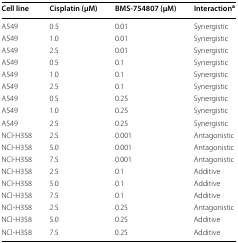
<table><thead><tr><td><b>Cell line</b></td><td><b>Cisplatin (μM)</b></td><td><b>BMS-754807 (μM)</b></td><td><b>Interaction<sup>a</sup></b></td></tr></thead><tbody><tr><td>A549</td><td>0.5</td><td>0.01</td><td>Synergistic</td></tr><tr><td>A549</td><td>1.0</td><td>0.01</td><td>Synergistic</td></tr><tr><td>A549</td><td>2.5</td><td>0.01</td><td>Synergistic</td></tr><tr><td>A549</td><td>0.5</td><td>0.1</td><td>Synergistic</td></tr><tr><td>A549</td><td>1.0</td><td>0.1</td><td>Synergistic</td></tr><tr><td>A549</td><td>2.5</td><td>0.1</td><td>Synergistic</td></tr><tr><td>A549</td><td>0.5</td><td>0.25</td><td>Synergistic</td></tr><tr><td>A549</td><td>1.0</td><td>0.25</td><td>Synergistic</td></tr><tr><td>A549</td><td>2.5</td><td>0.25</td><td>Synergistic</td></tr><tr><td>NCI-H358</td><td>2.5</td><td>0.001</td><td>Antagonistic</td></tr><tr><td>NCI-H358</td><td>5.0</td><td>0.001</td><td>Antagonistic</td></tr><tr><td>NCI-H358</td><td>7.5</td><td>0.001</td><td>Antagonistic</td></tr><tr><td>NCI-H358</td><td>2.5</td><td>0.1</td><td>Additive</td></tr><tr><td>NCI-H358</td><td>5.0</td><td>0.1</td><td>Additive</td></tr><tr><td>NCI-H358</td><td>7.5</td><td>0.1</td><td>Additive</td></tr><tr><td>NCI-H358</td><td>2.5</td><td>0.25</td><td>Antagonistic</td></tr><tr><td>NCI-H358</td><td>5.0</td><td>0.25</td><td>Additive</td></tr><tr><td>NCI-H358</td><td>7.5</td><td>0.25</td><td>Additive</td></tr></tbody></table>